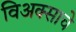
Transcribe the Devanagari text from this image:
विअक्साचे